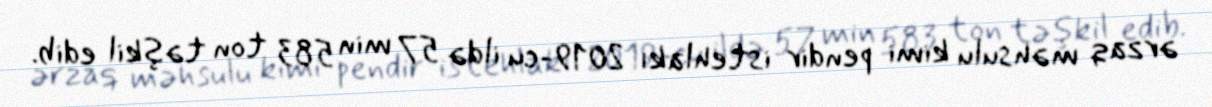
ərzaq məhsulu kimi pendir istehlakı 2019-cu ildə 57 min 583 ton təşkil edib.